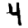
Digit: 4